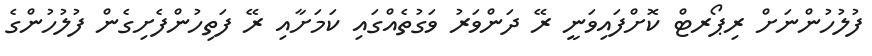
ފުލުހުންނަށް ރިޕޯރޓް ކޮށްފައިވަނީ ރޭ ދަންވަރު ވަގުތެއްގައި ކަމަށާއި ރޭ ފަތިހުންފެށިގެން ފުލުހުންގެ